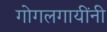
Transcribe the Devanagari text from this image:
गोगलगायींनी